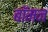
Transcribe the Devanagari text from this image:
बॉमन